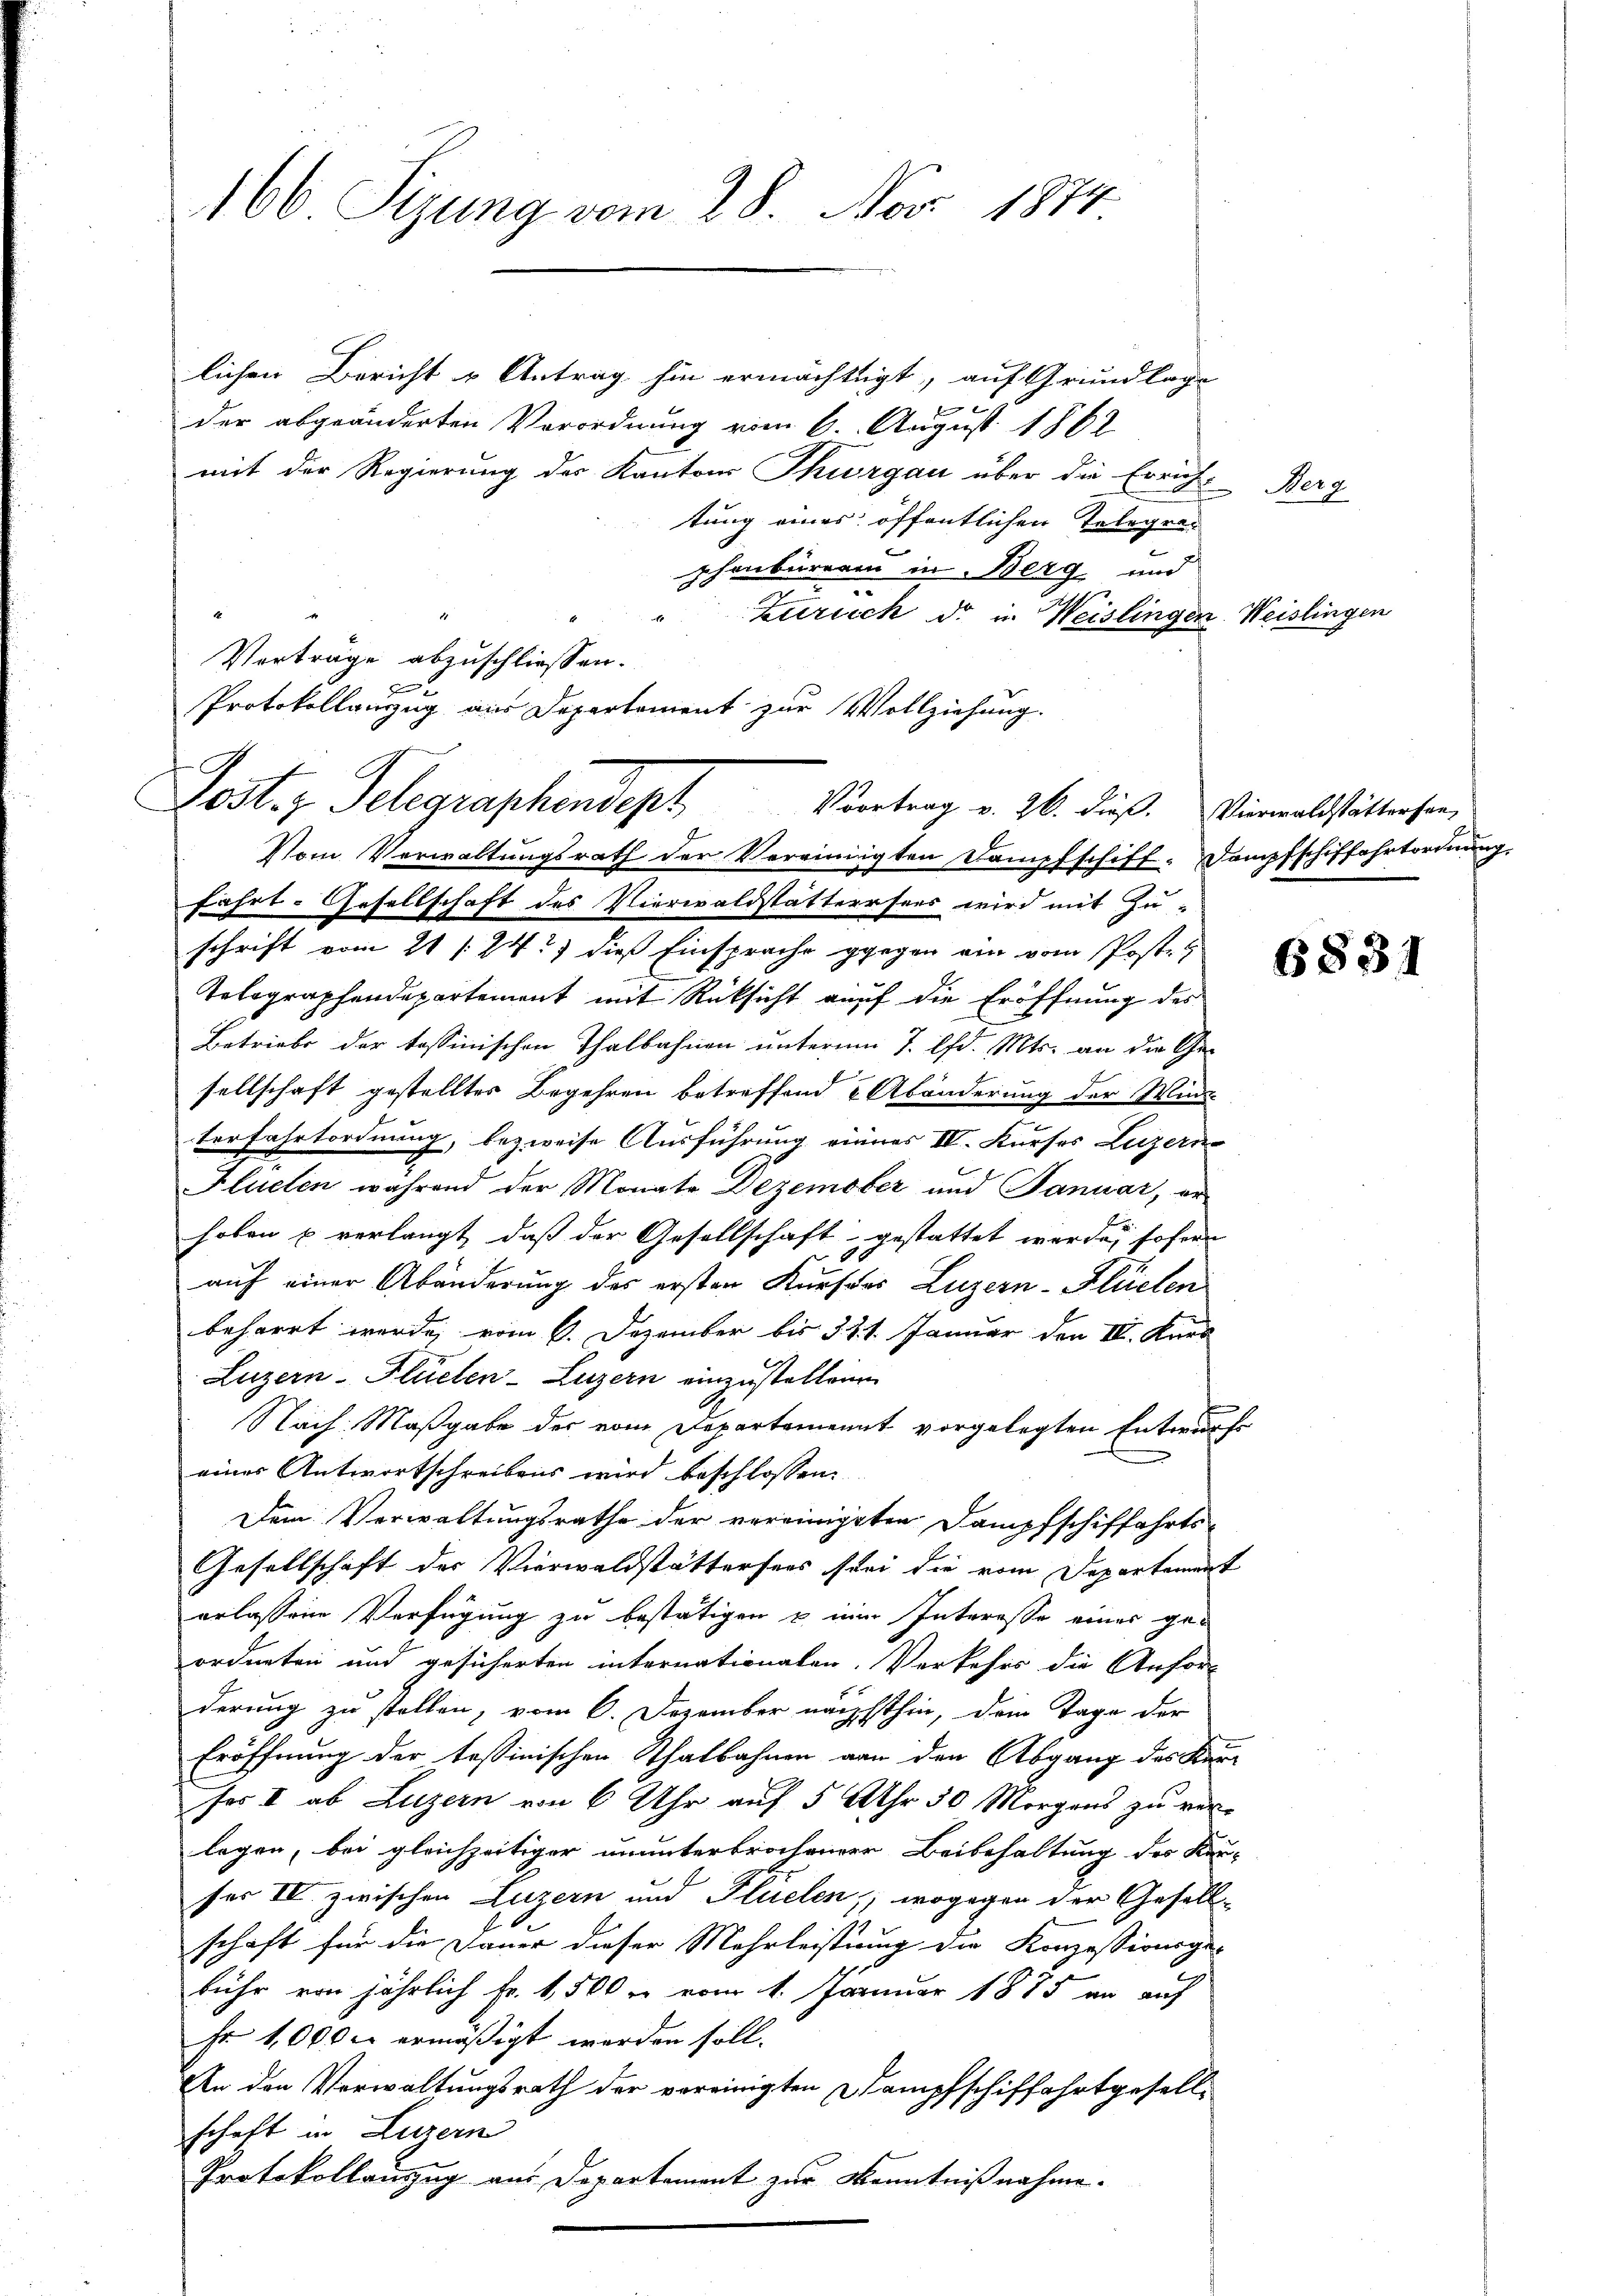
166 Sizung vom 28. Nov. 1874

lichen Bericht u Antrag hin ermächtigt, auf Grundlage
7 f
der abgeänderten Verordnung vom 6. August 1862
mit der Regierung des Kantons Thurgau über die Errichtung eines öffentlichen Telegren
phenburger in Berg und
1
Zürich d. in Weislingen. Weislingen
Vorträge abzuschliessen.
f
Protokollenzug aus Departement zur Vollziehung.
Post. z. Telegraphendept Vertrag v. 26. dieß. Viernalstättingen
Vom Verwaltŭngsrath der Vereinigten Dampfschiff-Dampfschiffahrtordnŭng.
fährt. Gesellschaft des Vierwaldstattersees wird mit Zu-
schrift vom 21 /24t) dieß Einsprache gegen ein vom Poste
Telographendepartement mit Rücksicht auf die Eröffnung des
Betriebe der tessinischen Thalbahnen unterm 7. lfd. Mts. an die Ge-
sellschaft gestelltes Begehren betreffend & Abänderung der Wind
terfahrtordnung, bezweise Ausführung einnes IV. Kurses Luzern
Flueten während der Monats Dezember und Januar, er-
hoben u verlangt, daß der Gesellschaft gestattet werde, sofern
auf einer Abänderung des ersten Kurses Luzern-Flüelen
beharrt werde, vom 6. Dezember bis 31. 1. Januar den IV. Kurz
Luzern - Flüelen-Luzern einzustellenen
Nach Maßgabe der vom Departement vorgelegten Entwurf
eines Antwortschreibens wird beschlossen:
Dem Verwaltungsrathe der vereinigten Dampfschiffahrts-
Gesellschaft der Vierwaldstättersers sei die vom Departement
erlassene Verfügung zu bestätigen & einer Interesse eines ge-
ordneten und gesicherten internationalen. Verkehrs die Anfor-
derung zu stellen, vom 6. Dezember nächsthin, dem Tage der
Eröffnung der tessinischen Thalbahnen von den Abgang des Kam
ses I ab Luzern von 6 Uhr auf 5 Uhr 50 Morgens zu ver-
legen, bei gleichzeitiger ununterbrochener Beibehaltung des Kerses IV zwischen Luzern und Flüelen; wogegen der Gesell-
schaft für die Dauer dieser Mehrleistung die Konzessionsge-
bühr von jährlich Fr. 1,500 er vom 1. Januar 1885 an auf
Fr. 10000 ermäßigt werden soll.
An den Verwaltungsrath der vereinigten Dampfschiffahrtgesell-
schaft in Luzern
Protokollanzug aus Departement zur Kenntnißnahme.

Nerg

6831